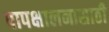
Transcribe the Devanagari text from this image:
पापक्षालनासाठी